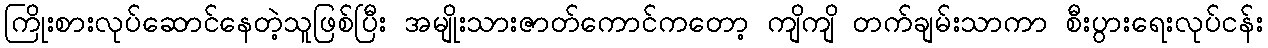
ကြိုးစားလုပ်ဆောင်နေတဲ့သူဖြစ်ပြီး အမျိုးသားဇာတ်ကောင်ကတော့ ကျိကျိ တက်ချမ်းသာကာ စီးပွားရေးလုပ်ငန်း